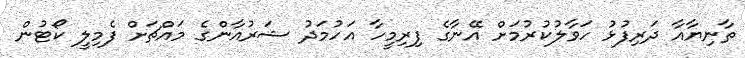
ތާނިޔާއާ ދަރިފުޅު ހަވާލުކުރުމަށް އޭނާގެ ފިރިމީހާ އަހުމަދު ޝަރުއާންގެ މައްޗަށް ފެމިލީ ކޯޓުން